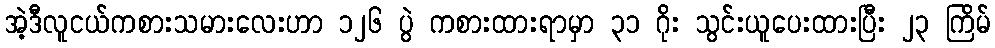
အဲ့ဒီလူငယ်ကစားသမားလေးဟာ ၁၂၆ ပွဲ ကစားထားရာမှာ ၃၁ ဂိုး သွင်းယူပေးထားပြီး ၂၃ ကြိမ်